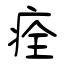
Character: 痊